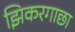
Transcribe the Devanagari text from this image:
झिकरगाछा